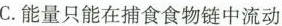
C.能量只能在捕食食物链中流动